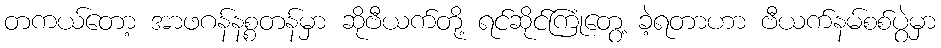
တကယ်တော့ အာဖဂန်နစ္စတန်မှာ ဆိုဗီယက်တို့ ရင်ဆိုင်ကြုံတွေ့ ခဲ့ရတာဟာ ဗီယက်နမ်စစ်ပွဲမှာ